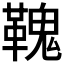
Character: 𩌃